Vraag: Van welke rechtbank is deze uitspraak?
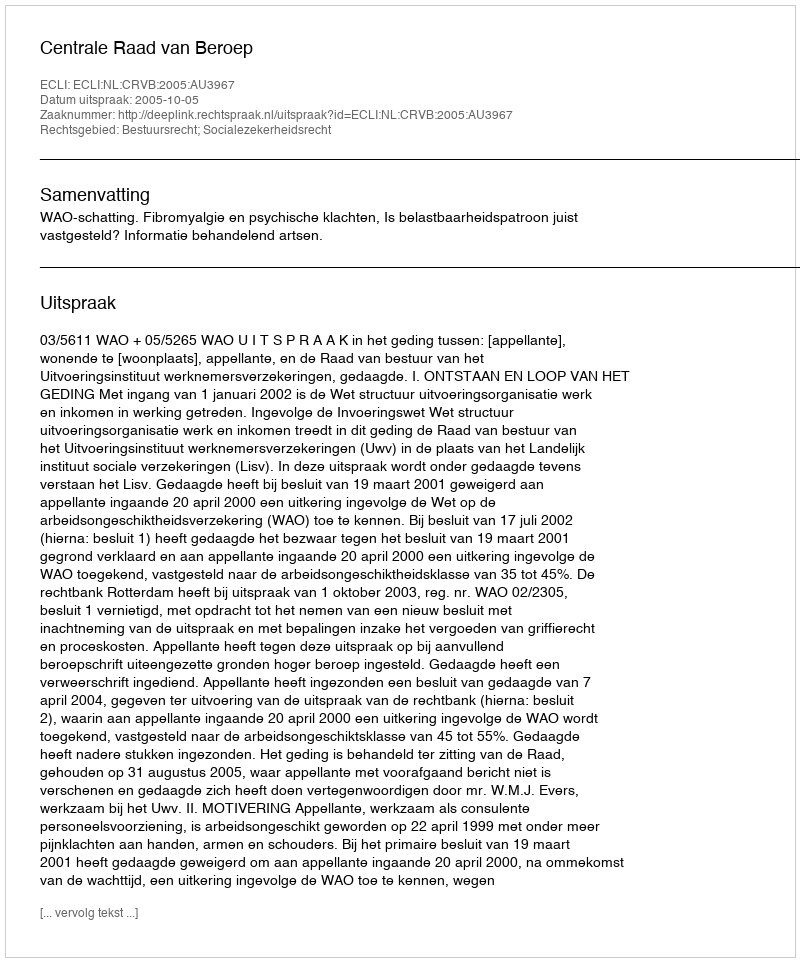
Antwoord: Centrale Raad van Beroep